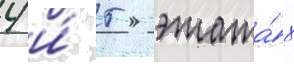
4 и́ 5 этажа́х